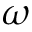
\omega